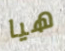
هيا